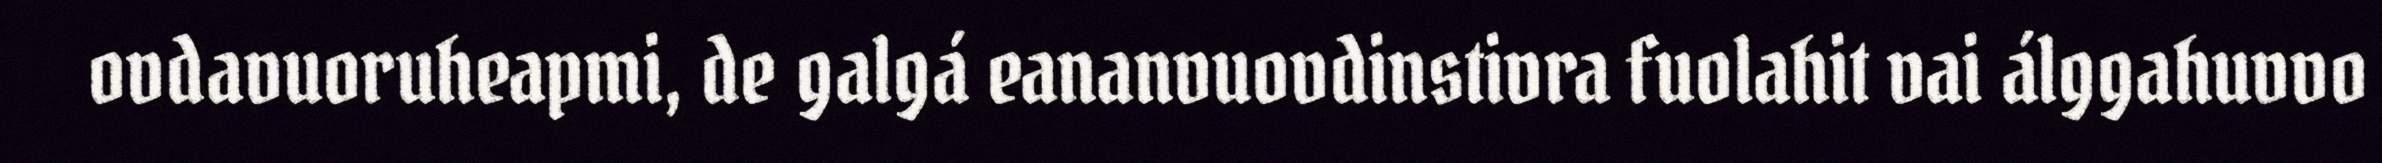
ovdavuoruheapmi, de galgá eananvuovdinstivra fuolahit vai álggahuvvo